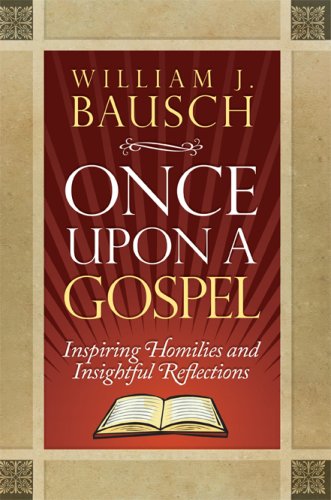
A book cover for Once Upon a Gospel: Inspiring Homilies and Insightful Reflections; William J. Bausch; Christian Books & Bibles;